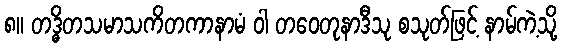
၈။ တဒ္ဓိတသမာသကိတကာနာမံ ဝါ တဝေတုနာဒီသု စသုတ်ဖြင့် နာမ်ကဲ့သို့